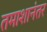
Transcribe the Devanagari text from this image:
तमाशानंतर